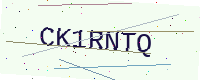
Text: CK1RNTQ